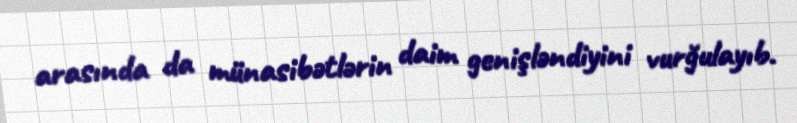
arasında da münasibətlərin daim genişləndiyini vurğulayıb.